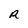
Character: R